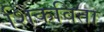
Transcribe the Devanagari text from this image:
शिकविता